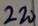
Text: 220